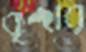
বৃন্দার